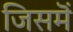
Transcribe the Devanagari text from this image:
जिसमॆं